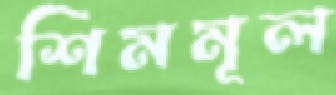
শিমমূল